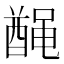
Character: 𫜟